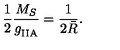
{ \frac { 1 } { 2 } } { \frac { M _ { S } } { g _ { \mathrm { I I A } } ^ { } } } = { \frac { 1 } { 2 \bar { R } } } .